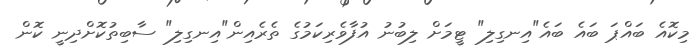
މިކޮއެ ބައްޕަ ބައެ ބައެ"އިނގިލި" ޓީމަށް ލިބުނު އުފާވެރިކަމުގެ ތެރެއިން"އިނގިލި" ސާބިތުކޮށްދިނީ ކޮން